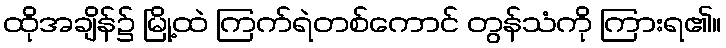
ထိုအချိန်၌ မြို့ထဲ ကြက်ရဲတစ်ကောင် တွန်သံကို ကြားရ၏။